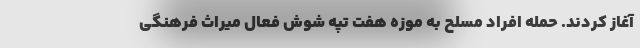
آغاز کردند. حمله افراد مسلح به موزه هفت ‌تپه شوش فعال میراث فرهنگی